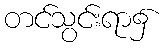
တင်သွင်းရာ၌